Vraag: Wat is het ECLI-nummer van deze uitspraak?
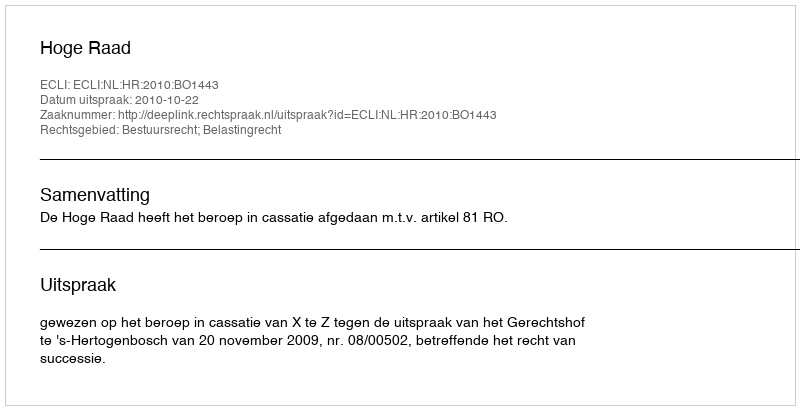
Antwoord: ECLI:NL:HR:2010:BO1443